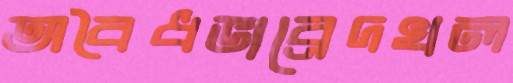
অবৈধভাব্রেদখল